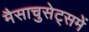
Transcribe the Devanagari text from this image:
मैसाचुसेट्समें